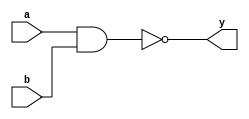
module nand_gate(
input wire a,
input wire b,
output wire y
);
//nand gate function
assign y= ~ (a & b );

endmodule